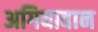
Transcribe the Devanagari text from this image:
अगियावान